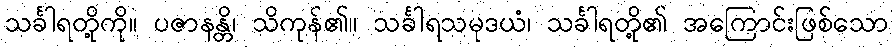
သင်္ခါရတို့ကို။ ပဇာနန္တိ၊ သိကုန်၏။ သင်္ခါရသမုဒယံ၊ သင်္ခါရတို့၏ အကြောင်းဖြစ်သော